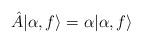
LaTeX: \begin{align*}\hat A \vert \alpha,f\rangle = \alpha\vert \alpha,f\rangle\end{align*}